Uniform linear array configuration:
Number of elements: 8
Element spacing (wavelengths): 0.75
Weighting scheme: cosine
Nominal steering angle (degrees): -30
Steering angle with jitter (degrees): -28.456
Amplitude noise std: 0.05
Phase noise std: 0.05

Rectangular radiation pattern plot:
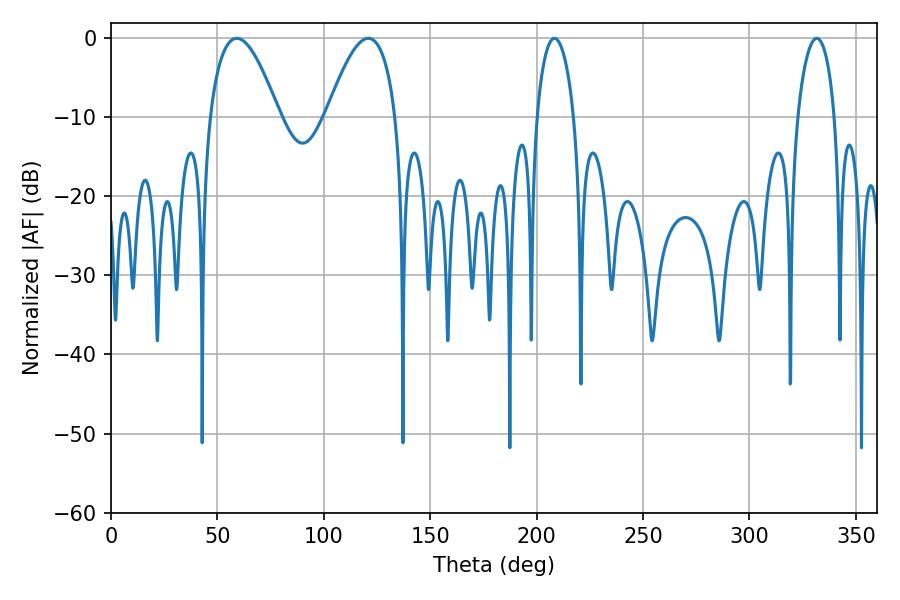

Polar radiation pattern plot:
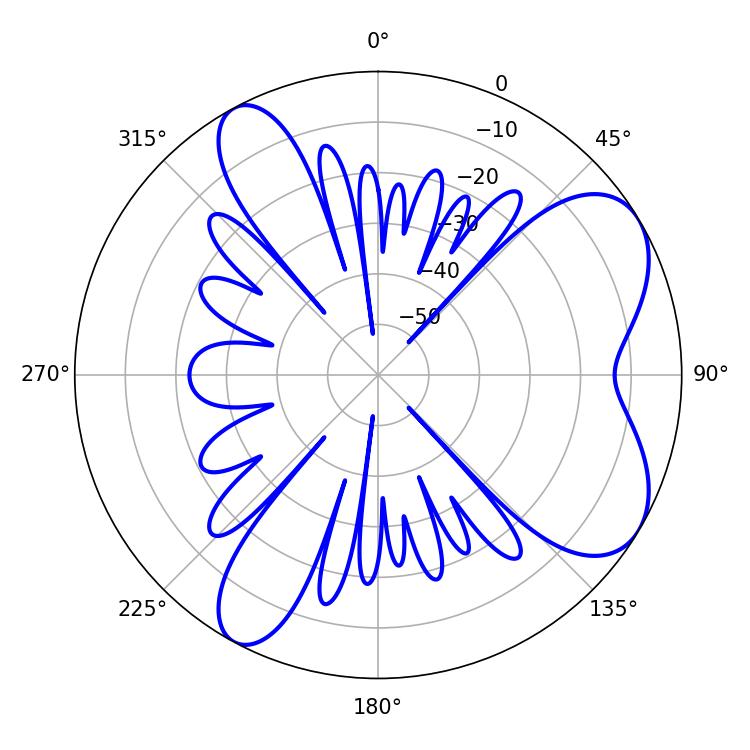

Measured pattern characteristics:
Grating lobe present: TRUE
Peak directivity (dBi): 6.831
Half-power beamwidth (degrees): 17.82
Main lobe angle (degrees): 59.04